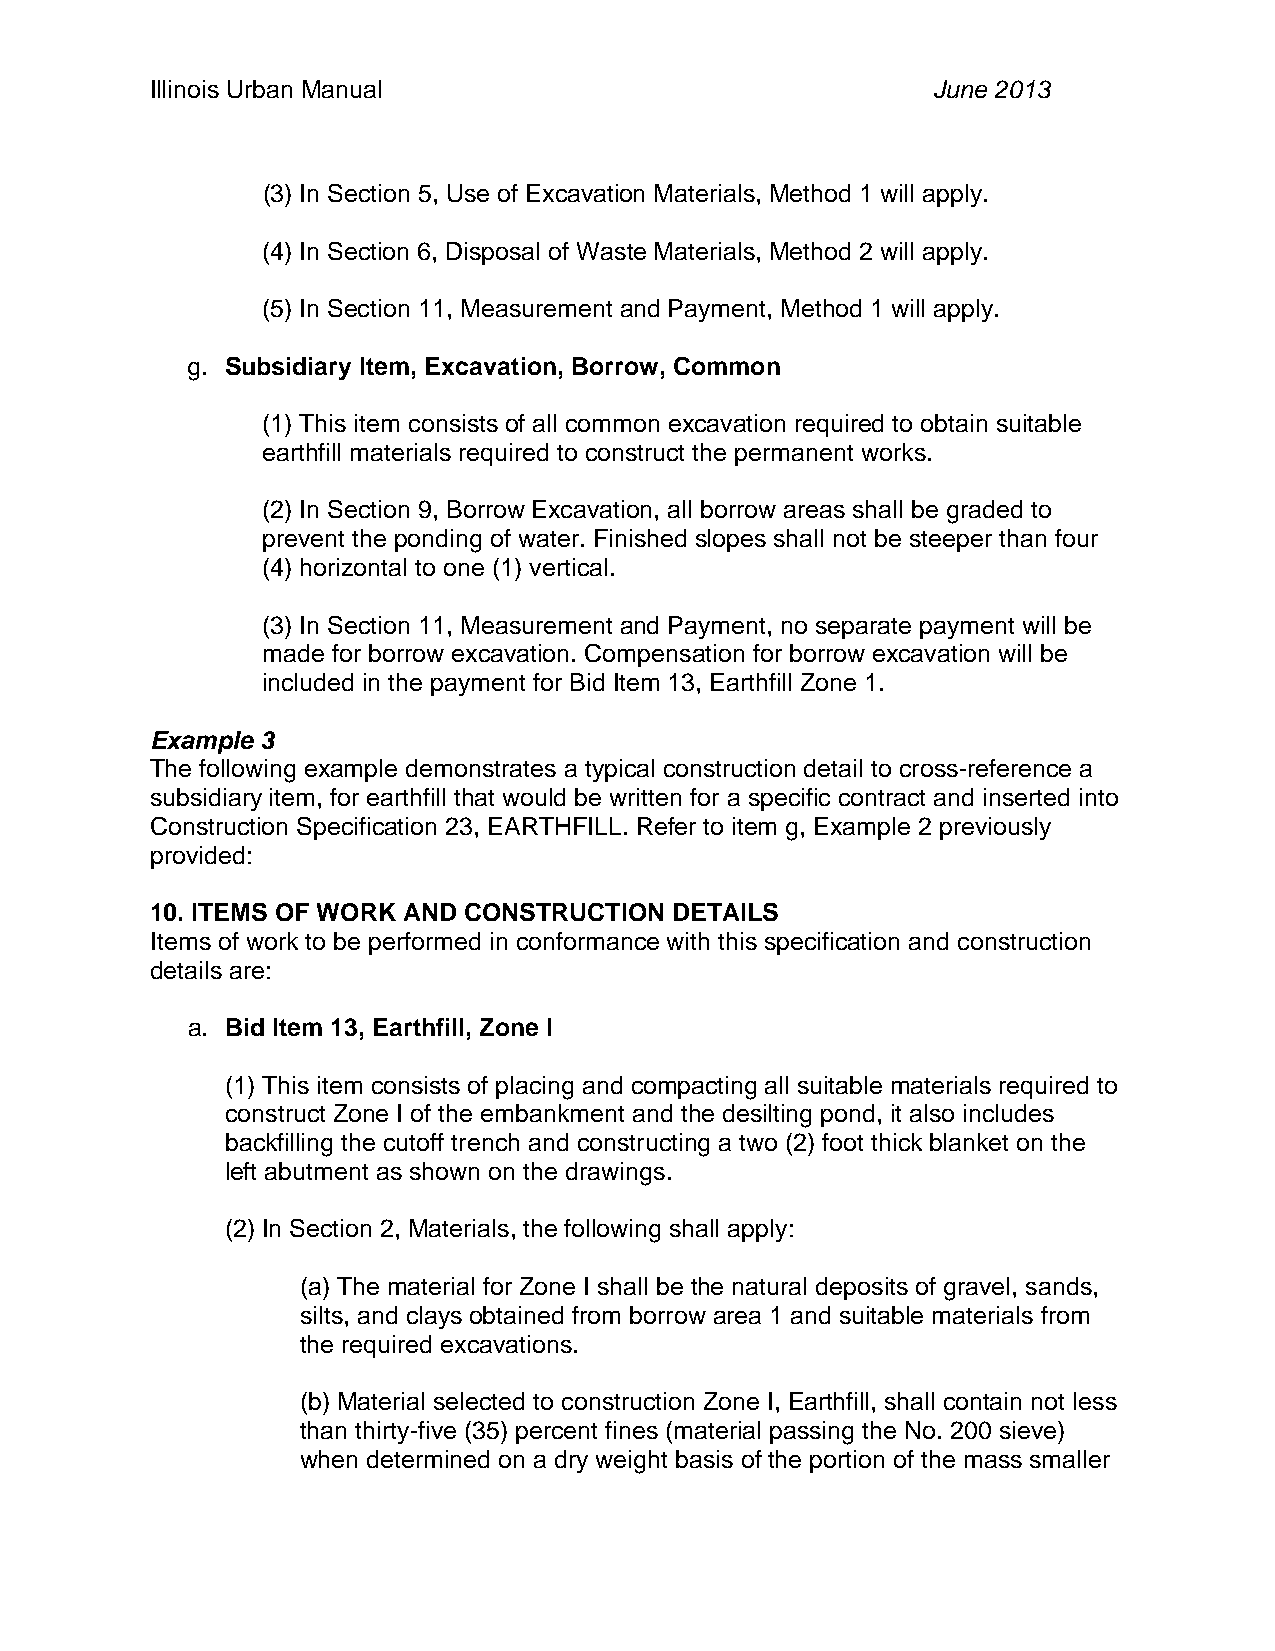
Illinois Urban Manual                               June 2013
 (3) In Section 5, Use of Excavation Materials, Method 1 will apply.
 (4) In Section 6, Disposal of Waste Materials, Method 2 will apply.
 (5) In Section 11, Measurement and Payment, Method 1 will apply.
 g. Subsidiary Item, Excavation, Borrow, Common
 (1) This item consists of all common excavation required to obtain suitable
 earthfill materials required to construct the permanent works.
 (2) In Section 9, Borrow Excavation, all borrow areas shall be graded to
 prevent the ponding of water. Finished slopes shall not be steeper than four
 (4) horizontal to one (1) vertical.
 (3) In Section 11, Measurement and Payment, no separate payment will be
 made for borrow excavation. Compensation for borrow excavation will be
 included in the payment for Bid Item 13, Earthfill Zone 1.
 Example 3
 The following example demonstrates a typical construction detail to cross-reference a
 subsidiary item, for earthfill that would be written for a specific contract and inserted into
 Construction Specification 23, EARTHFILL. Refer to item g, Example 2 previously
 provided:
 10. ITEMS OF WORK AND CONSTRUCTION DETAILS
 Items of work to be performed in conformance with this specification and construction
 details are:
 a. Bid Item 13, Earthfill, Zone I
 (1) This item consists of placing and compacting all suitable materials required to
 construct Zone I of the embankment and the desilting pond, it also includes
 backfilling the cutoff trench and constructing a two (2) foot thick blanket on the
 left abutment as shown on the drawings.
 (2) In Section 2, Materials, the following shall apply:
 (a) The material for Zone I shall be the natural deposits of gravel, sands,
 silts, and clays obtained from borrow area 1 and suitable materials from
 the required excavations.
 (b) Material selected to construction Zone I, Earthfill, shall contain not less
 than thirty-five (35) percent fines (material passing the No. 200 sieve)
 when determined on a dry weight basis of the portion of the mass smaller